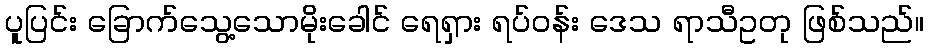
ပူပြင်း ခြောက်သွေ့သောမိုးခေါင် ရေရှား ရပ်ဝန်း ဒေသ ရာသီဥတု ဖြစ်သည်။